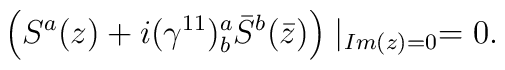
\left(S^a(z)+i(\gamma^{11})^a_b\bar{S}^b(\bar{z})\right)\mid_{Im(z)=0}=0.